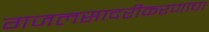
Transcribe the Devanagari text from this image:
गजलसादरीकरणाचा